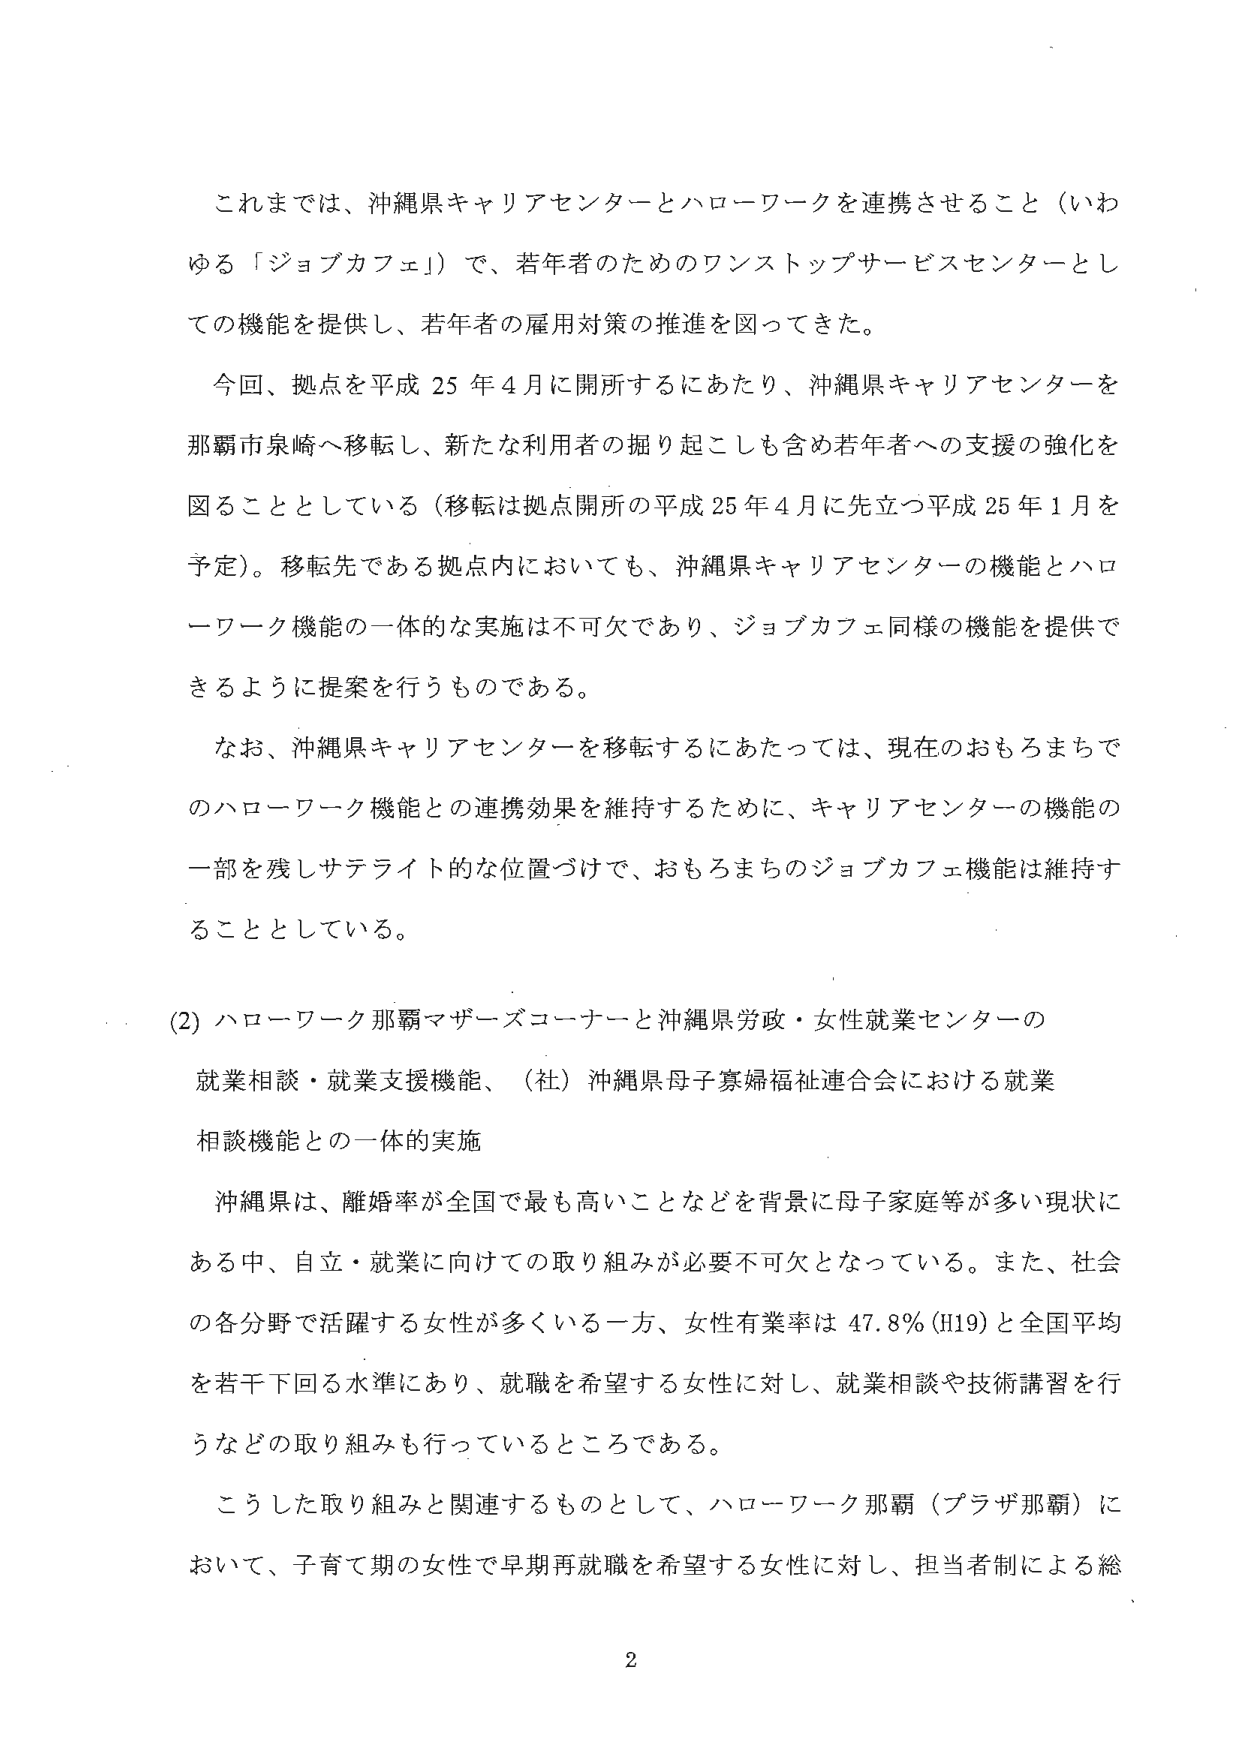
これまで、沖縄県キャリアセンターとハローワークを連携させること（いわゆる「ジョブカフェ」）で、若年者のためのワンストップサービスセンターとしての機能を提供し、若年者の雇用対策の推進を図ってきた。

今回、拠点を平成25年4月に開所するにあたり、沖縄県キャリアセンターを那覇市泉崎へ移転し、新たな利用者の掘り起こしも含め若年者への支援の強化を図ることとしている（移転は拠点開所の平成25年4月に先立つ平成25年1月を予定）。移転先である拠点内においても、沖縄県キャリアセンターの機能とハローワーク機能の一体的な実施は不可欠であり、ジョブカフェ同様の機能を提供できるように提案を行うものである。

なお、沖縄県キャリアセンターを移転するにあたっては、現在のおもろまちでのハローワーク機能との連携効果を維持するために、キャリアセンターの機能の一部を残しサテライト的な位置づけで、おもろまちのジョブカフェ機能は維持することとしている。

(2) ハローワーク那覇マザーズコーナーと沖縄県労政・女性就業センターの就業相談・就業支援機能、（社）沖縄県母子寡婦福祉連合会における就業相談機能との一体的実施

沖縄県は、離婚率が全国で最も高いことなどを背景に母子家庭等が多い現状にある中、自立・就業に向けての取り組みが必要不可欠となっている。また、社会の各分野で活躍する女性が多くいる一方、女性有業率は47.8％（H19）と全国平均を若干下回る水準にあり、就職を希望する女性に対し、就業相談や技術講習を行うなどの取り組みも行っているところである。

こうした取り組みと関連するものとして、ハローワーク那覇（プラザ那覇）において、子育て期の女性で早期再就職を希望する女性に対し、担当者制による総

2